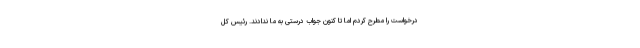
درخواست را مطرح کردم اما تا کنون جواب درستی به ما ندادند. رئیس کل